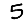
Digit: 5